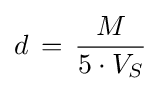
d\,=\,{\frac {M}{5\cdot V_{S}}}